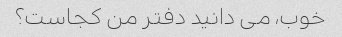
خوب، می دانید دفتر من کجاست؟